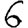
Digit: 6